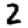
Digit: 2